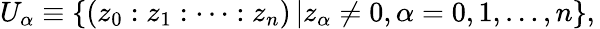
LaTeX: U_{\alpha}\equiv\left\{ (z_{0}:z_{1}:\dots:z_{n})\left\vert z_{\alpha}\neq 0,\alpha=0,1,\dots,n\right\} ,\right.